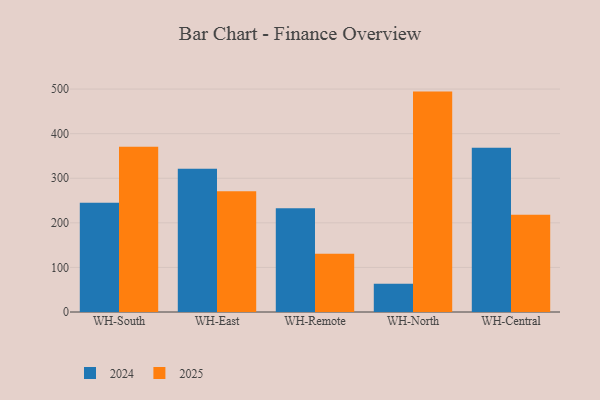
{"axis": {"x": "Warehouse", "y": "Gross Profit (USD K)"}, "legend": ["2024", "2025"], "data": [{"x": "WH-South", "y": 245.2, "type": "2024"}, {"x": "WH-South", "y": 370.5, "type": "2025"}, {"x": "WH-East", "y": 321.2, "type": "2024"}, {"x": "WH-East", "y": 270.9, "type": "2025"}, {"x": "WH-Remote", "y": 232.6, "type": "2024"}, {"x": "WH-Remote", "y": 130.6, "type": "2025"}, {"x": "WH-North", "y": 63.6, "type": "2024"}, {"x": "WH-North", "y": 494.3, "type": "2025"}, {"x": "WH-Central", "y": 368.4, "type": "2024"}, {"x": "WH-Central", "y": 218.0, "type": "2025"}]}